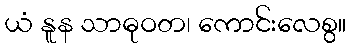
ယံ နူန သာဓုဝတ၊ ကောင်းလေစွ။